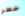
خطر